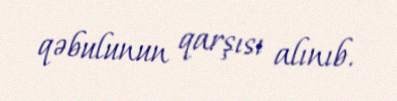
qəbulunun qarşısı alınıb.